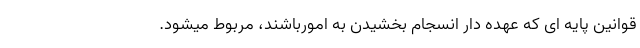
قوانین پایه ای که عهده دار انسجام بخشیدن به امورباشند، مربوط میشود.